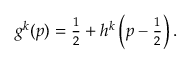
\begin{array} { r } { g ^ { k } ( p ) = \frac { 1 } { 2 } + h ^ { k } \left( p - \frac { 1 } { 2 } \right) . } \end{array}